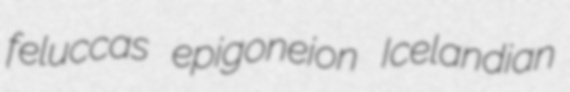
feluccas epigoneion Icelandian